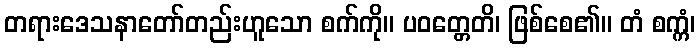
တရားဒေသနာတော်တည်းဟူသော စက်ကို။ ပဝတ္တေတိ၊ ဖြစ်စေ၏။ တံ စက္ကံ၊